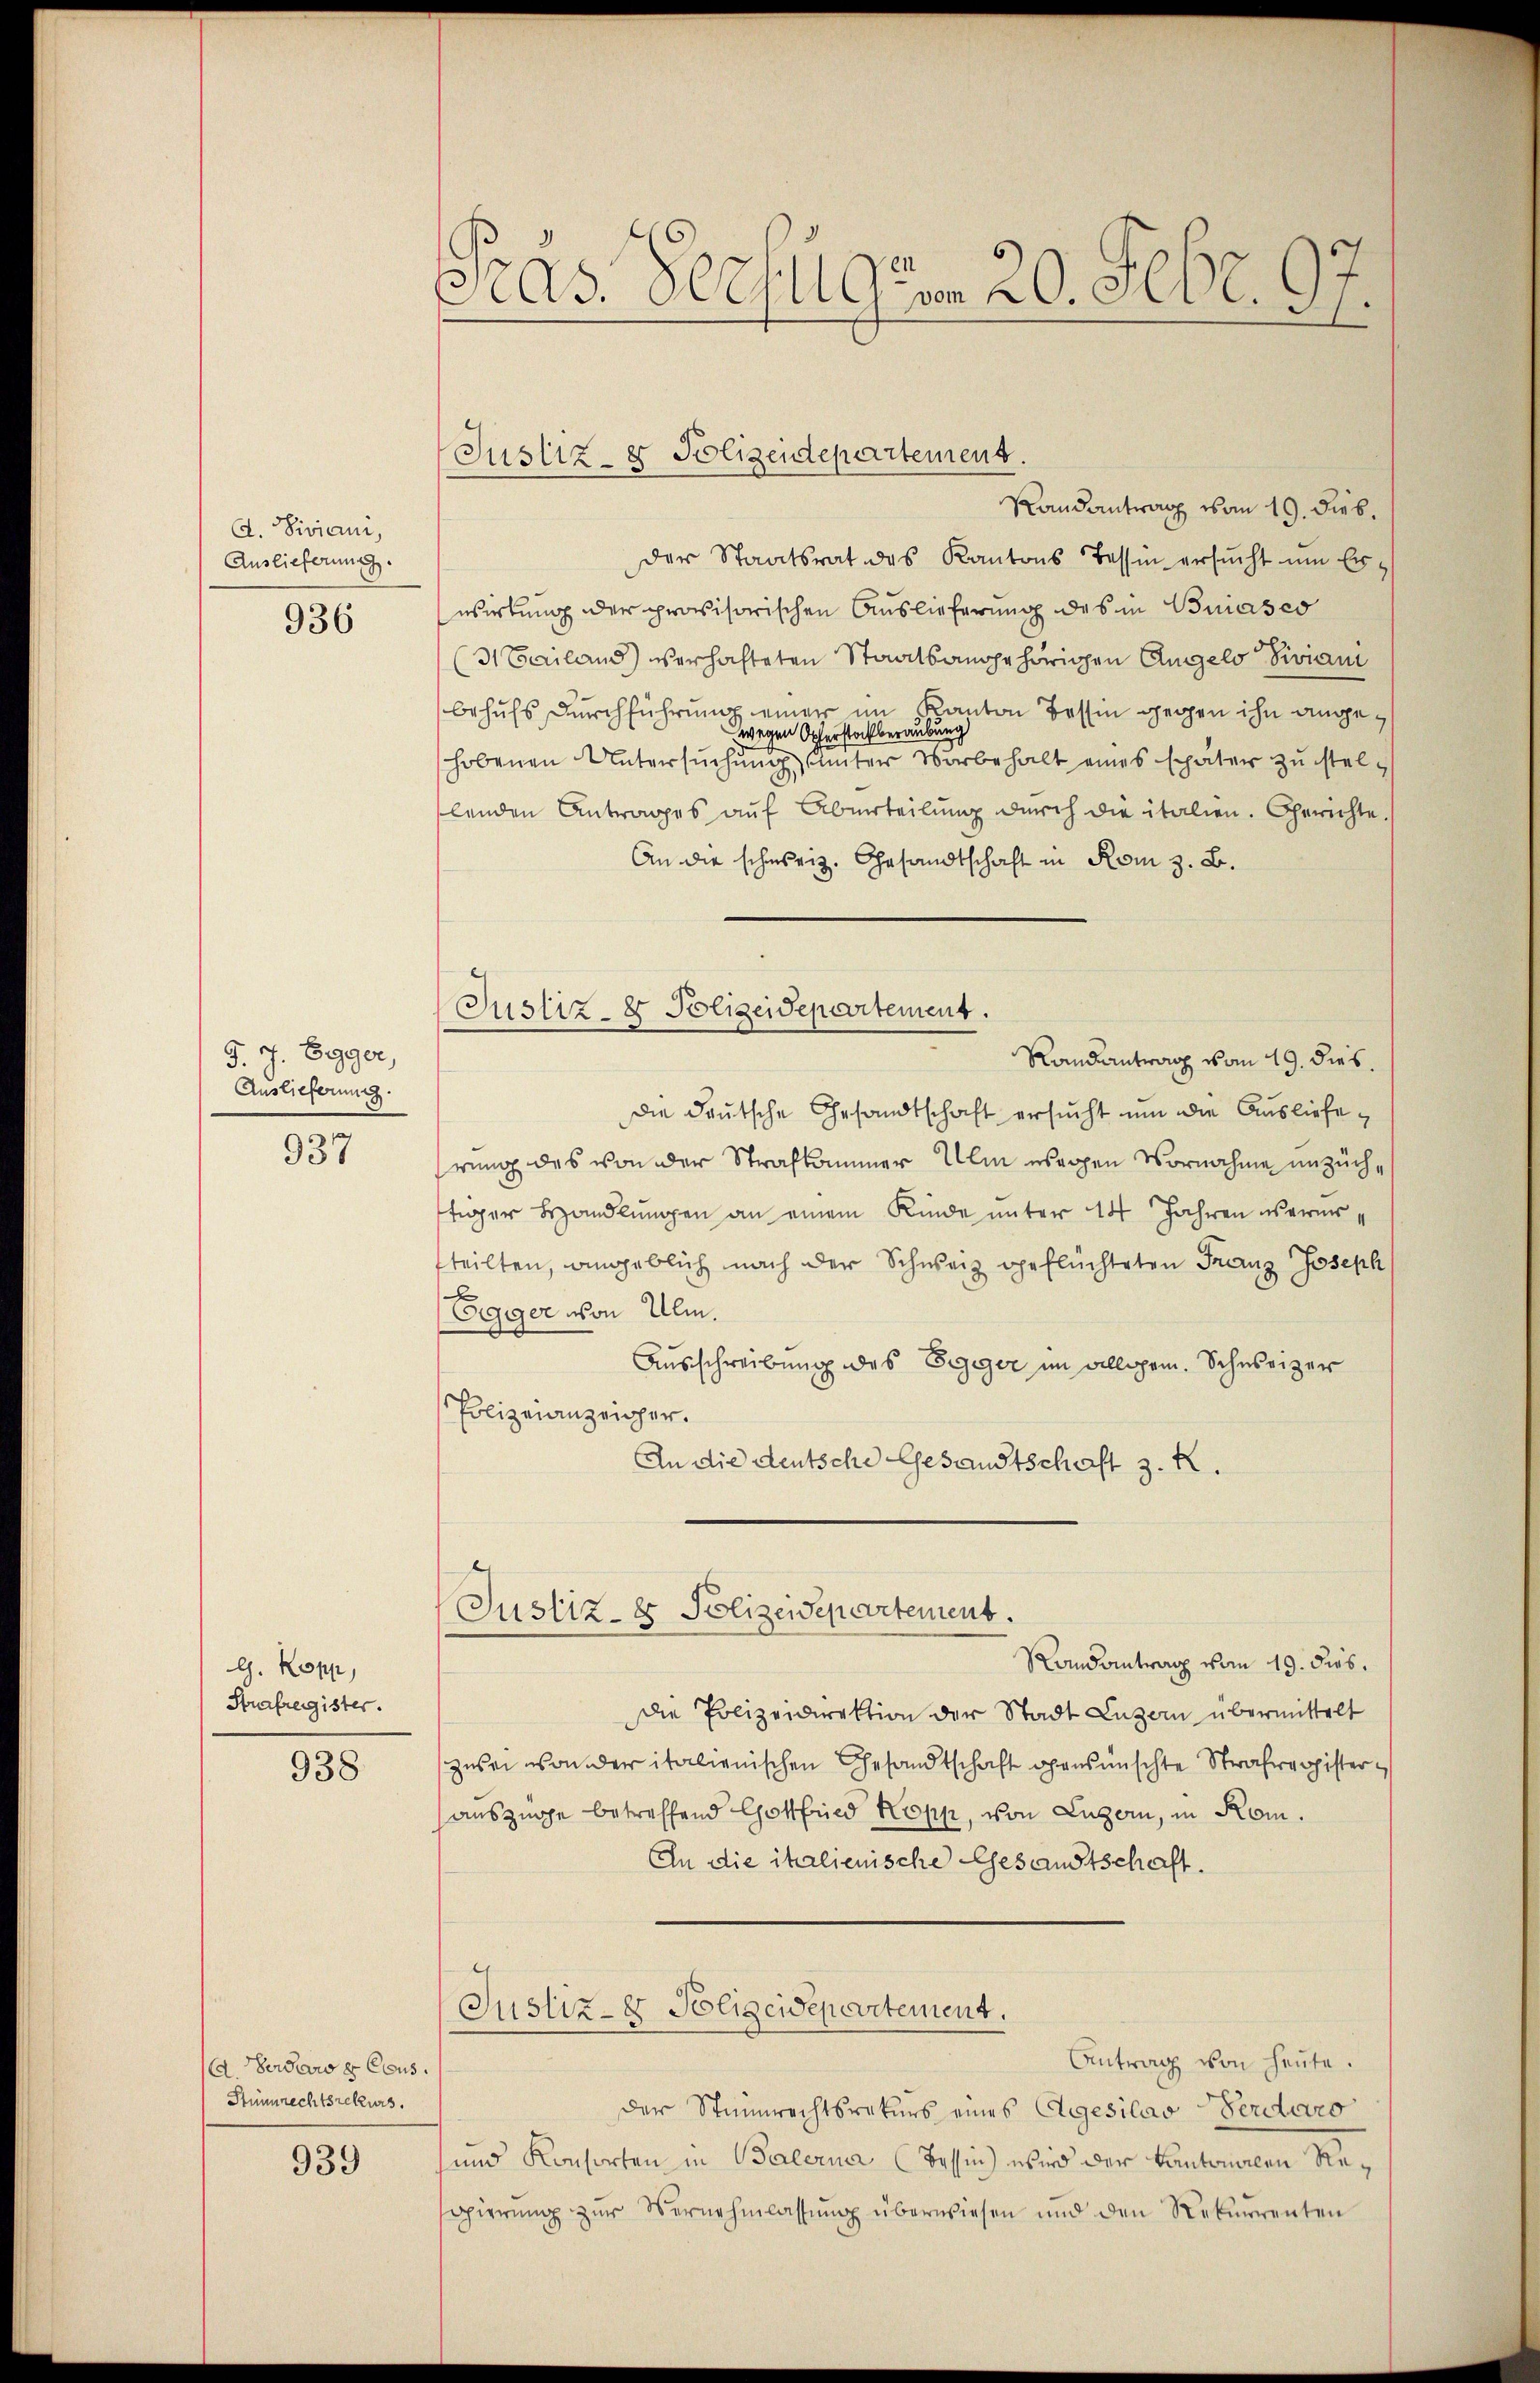
A. Siviani,
Auslieferung.
936

F. J. Egger,
Auslieferung.

937

G. Kopp,
Strafregister.

938.

d. Herdewe Cous
Stimmrechtsrekurs.

939

Pras. Schulgen 20. Febr. 97

Justiz- & Polizeidepartement.

Justiz- & Polizeidepartement.

Randantrag vom 19. Dieb.
der Staatsrat des Kantons Tessin ersucht um Erwirkung der provisorischen Auslieferung des in Biasco
(Mailand verhalteten Staatsangehörigen Angelo Diviani
behufs Durchführung einer im Kanton Tessin gegen ihn angewegen Opferstochberaubung
hobenen Untersuchung unter Vorbehalt eines später zu stellenden Antrages auf Abuerteilŭng durch die italien. Gerichte.
An die schweiz. Gesandtschaft in Rom z. B.
Randantrag vom 19. dies.
die deutsche Gesandtschaft ersucht um die Ausliefe
rung des von der Strafkammer Ulm sorgen Vornahme unzüchtiger Handlungen an einem Kinde unter 14 Jahren verurteilten, angeblich nach der Schweiz geflüchteten Franz Joseph
Egger von Ulm.
Ausschreibung des Egger im allgem. Schweizer
Polizeianzeiger.
An die deutsche Gesandtschaft 3. K.
Justiz- & Polizeidepartement.
Randantrag vom 19. dies.
Die Polizeidirektion der Stadt Luzern übermittelt
zwei von der italienischen Gesandtschaft gewünschte Strafregisterauszüge betreffend Gottfried Kopp, von Luzern, in Rom.
An die italienische Gesandtschaft.
Justiz- & Polizeidepartement.
Antrag von heute.
der Stimmrechtsrekurs eines Angesilao-Verdaro
und Konsorten in Balerna (Tessin wird der Kantonalen Resgierŭng zŭr Vernehmlassŭng überwiesen und den Rekurrenten